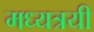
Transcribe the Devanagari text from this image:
मध्यत्रयी